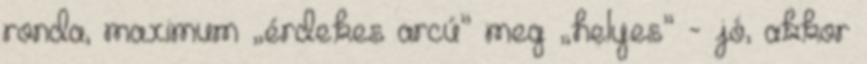
ronda, maximum „érdekes arcú” meg „helyes” - jó, akkor